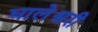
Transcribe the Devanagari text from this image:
घालेश्वरी